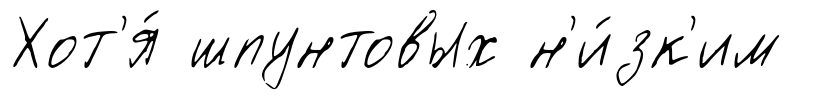
Хот'я́ шпунтовых н'и́зк'им